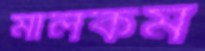
মালকম